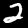
Digit: 2